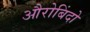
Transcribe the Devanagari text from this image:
औरोबिंदो